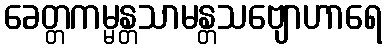
ခေတ္တကမ္မန္တသာမန္တသဗျောဟာရေ